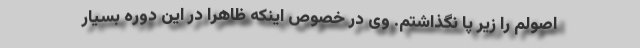
اصولم را زیر پا نگذاشتم. وی در خصوص اینکه ظاهرا در این دوره بسیار